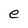
Character: e